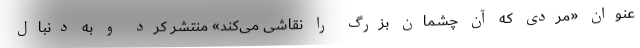
عنوان «مردی که آن چشمان بزرگ را نقاشی می‌کند» منتشر کرد و به دنبال